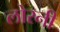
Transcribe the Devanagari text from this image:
लोरनी